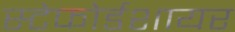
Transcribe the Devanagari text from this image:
स्टेफोर्डशायर